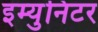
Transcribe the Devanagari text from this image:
इम्युनिटर